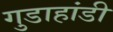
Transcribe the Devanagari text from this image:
गुडाहांडी